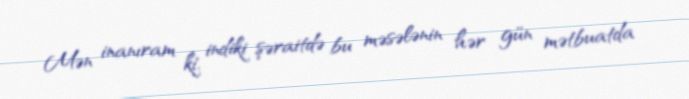
Mən inanıram ki, indiki şəraitdə bu məsələnin hər gün mətbuatda